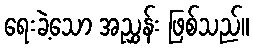
ရေးခဲ့သော အညွှန်း ဖြစ်သည်။